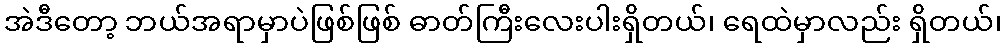
အဲဒီတော့ ဘယ်အရာမှာပဲဖြစ်ဖြစ် ဓာတ်ကြီးလေးပါးရှိတယ်၊ ရေထဲမှာလည်း ရှိတယ်၊